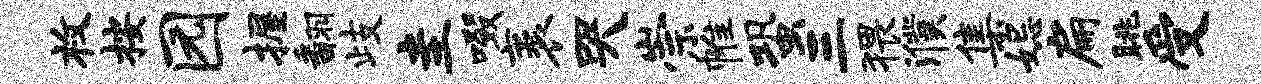
枚按园握翻歧圭啜袤哭崇帷蛩三猥濮集妃扁眺受